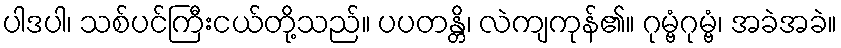
ပါဒပါ၊ သစ်ပင်ကြီးငယ်တို့သည်။ ပပတန္တိ၊ လဲကျကုန်၏။ ဂုမ္ဗံဂုမ္ဗံ၊ အခဲအခဲ။